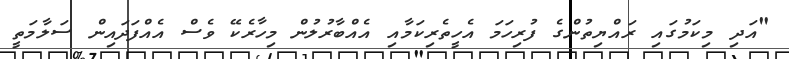
"އަދި މިކަމުގައި ރައްޔިތުންގެ ފުރިހަމަ އެހީތެރިކަމާއި އެއްބާރުލުން މިހާރެކޭ ވެސް އެއްފަދައިން ސަލާމަތީ